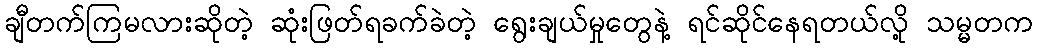
ချီတက်ကြမလားဆိုတဲ့ ဆုံးဖြတ်ရခက်ခဲတဲ့ ရွေးချယ်မှုတွေနဲ့ ရင်ဆိုင်နေရတယ်လို့ သမ္မတက